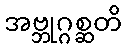
အဗ္ဘုဂ္ဂစ္ဆတိ